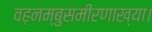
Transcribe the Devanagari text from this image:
वह़नम्‍बुसमीरणाख्‍या।